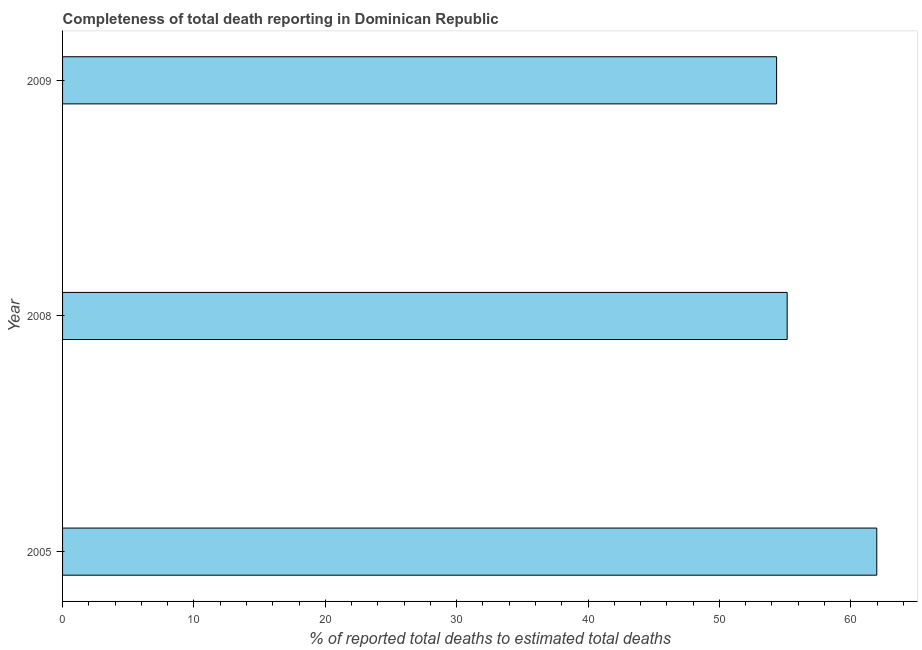
| Year | Completeness of total death reporting  |
 | --- | --- |
 | 2005 | 62 |
 | 2008 | 55.2 |
 | 2009 | 54.4 |